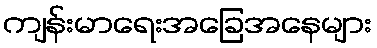
ကျန်းမာရေးအခြေအနေများ